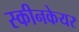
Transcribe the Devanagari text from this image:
स्कीनकेयर